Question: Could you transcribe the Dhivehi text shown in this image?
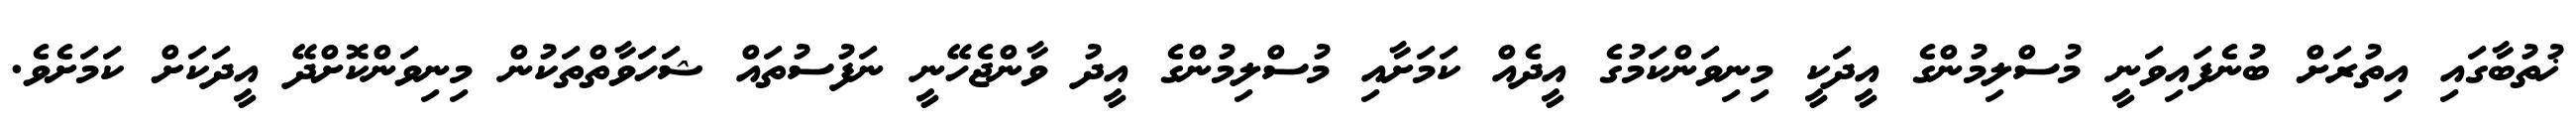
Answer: ޚުތުބާގައި އިތުރަށް ބުނެފައިވަނީ މުސްލިމުންގެ އީދަކީ މިނިވަންކަމުގެ އީދެއް ކަމަށާއި މުސްލިމުންގެ އީދު ވާންޖެހޭނީ ނަފުސުތައް ޝަހަވާތްތަކުން މިނިވަންކޮށްދޭ އީދަކަށް ކަމަށެވެ.